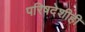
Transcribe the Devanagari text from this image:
परिषदेशीही